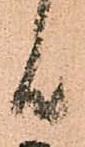
候